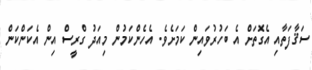
ސަޤާފަތާއި އެގޮތަށް އެ ބަހުރުވައިން ކަމަށެވެ. އެހެންކަމުން މިއަދު ގްރީސް އިން އެކަންކަން